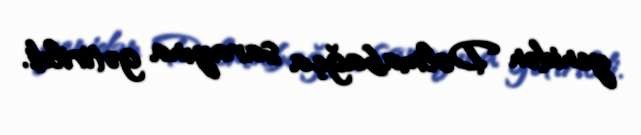
yenidən Dolmabağça sarayına gətirildi.